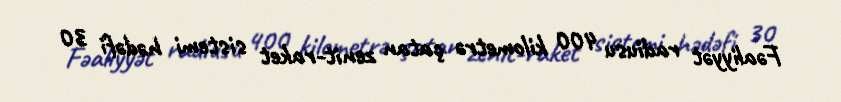
Fəaliyyət radiusu 400 kilometrə çatan zenit-raket sistemi hədəfi 30